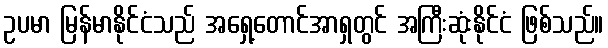
ဥပမာ မြန်မာနိုင်ငံသည် အရှေ့တောင်အာရှတွင် အကြီးဆုံးနိုင်ငံ ဖြစ်သည်။